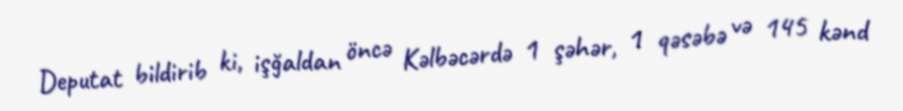
Deputat bildirib ki, işğaldan öncə Kəlbəcərdə 1 şəhər, 1 qəsəbə və 145 kənd